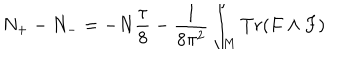
N _ { + } - N _ { - } = - N { \frac { \tau } { 8 } } - { \frac { 1 } { 8 \pi ^ { 2 } } } \int _ { M } T r ( F \wedge F )